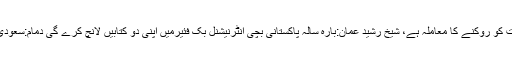
پاناما کیس آمریت کو روکنے کا معاملہ ہے، شیخ رشید عمان:بارہ سالہ پاکستانی بچی انٹرنیشنل بک فئیرمیں اپنی دو کتابیں لانچ کرے گی دمام:سعودی عرب میں ای ۔